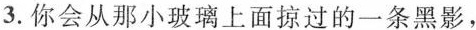
3.你会从那小玻璃上面掠过的一条黑影，